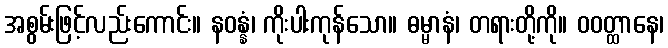
အစွမ်းဖြင့်လည်းကောင်း။ နဝန္နံ၊ ကိုးပါးကုန်သော။ ဓမ္မာနံ၊ တရားတို့ကို။ ဝဝတ္ထာနေ၊